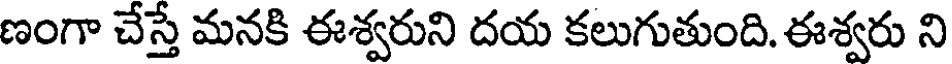
ణంగా చేస్తే మనకి ఈశ్వరుని దయ కలుగుతుంది. ఈశ్వరు ని